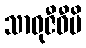
သာဓုဇီဝီပိ